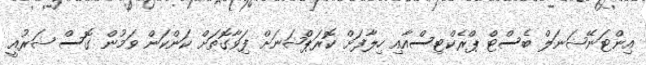
އިންޓަނޭޝަނަލް ބެސްޓް ޕްރެކްޓިސްއާއި ހިލާފަށް ކޮރަޕްޝަނަށް ފަިވާގޮތަށް ކަންކަން ވަމުން ގޮސް ޝަރުއީ